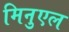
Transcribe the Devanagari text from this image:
मिनुएल